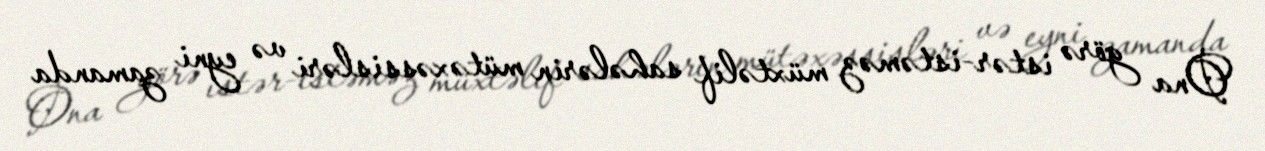
Ona görə istər-istəməz müxtəlif sahələrin mütəxəssisləri və eyni zamanda